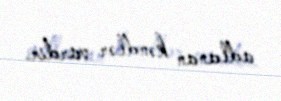
adlanan kəndlər vardır.